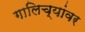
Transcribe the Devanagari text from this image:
गालिच्यांवर